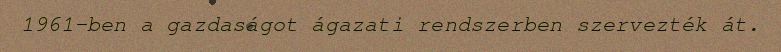
1961-ben a gazdaságot ágazati rendszerben szervezték át.